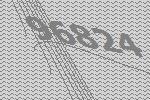
96824